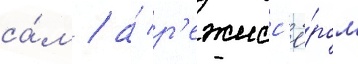
са́м / а́ р'ежисс'ё́ром